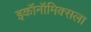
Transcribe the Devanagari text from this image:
इकॉनॉमिक्सला